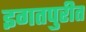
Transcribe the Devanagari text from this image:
इगतपुरीत